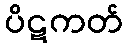
ပိဋကတ်